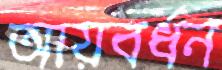
আয়বর্ধন